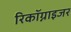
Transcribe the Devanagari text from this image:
रिकॉग्नाइजर